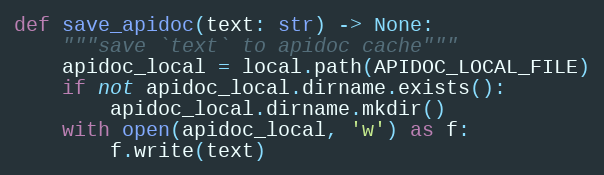
Language: Python
def save_apidoc(text: str) -> None:
    """save `text` to apidoc cache"""
    apidoc_local = local.path(APIDOC_LOCAL_FILE)
    if not apidoc_local.dirname.exists():
        apidoc_local.dirname.mkdir()
    with open(apidoc_local, 'w') as f:
        f.write(text)